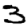
Digit: 3